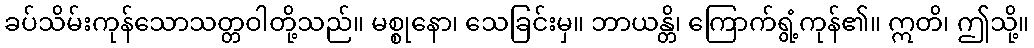
ခပ်သိမ်းကုန်သောသတ္တဝါတို့သည်။ မစ္စုနော၊ သေခြင်းမှ။ ဘာယန္တိ၊ ကြောက်ရွံ့ကုန်၏။ ဣတိ၊ ဤသို့။